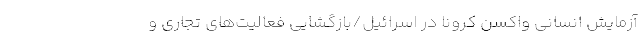
آزمایش انسانی واکسن کرونا در اسرائیل/بازگشایی فعالیت‌های تجاری و